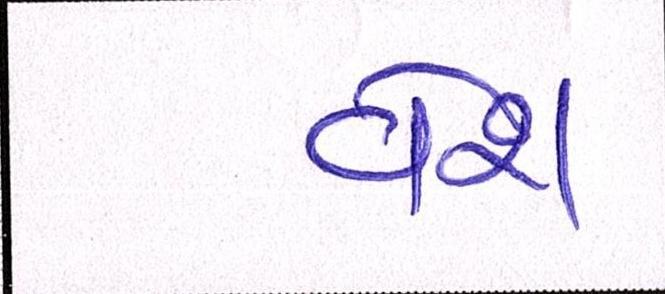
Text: વેશ